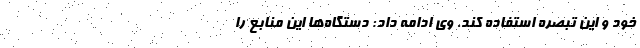
خود و این تبصره استفاده کند. وی ادامه داد: دستگاه‌ها این منابع را